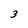
Character: 3